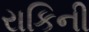
રાકિની